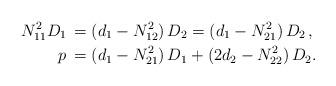
LaTeX: \begin{align*}N_{11}^2D_1&\,=(d_1-N_{12}^2)\,D_2=(d_1-N_{21}^2)\, D_2\,,\\p&\,=(d_1-N_{21}^2)\,D_1+(2d_2-N_{22}^2)\,D_2.\end{align*}